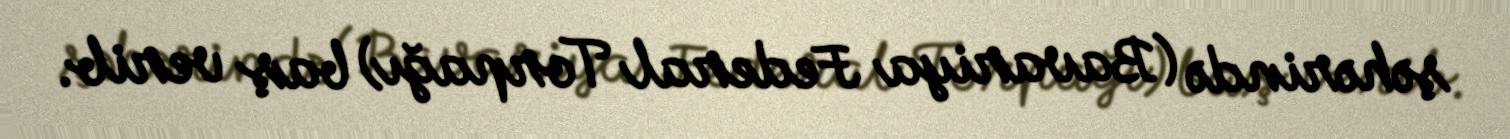
şəhərində (Bavariya Federal Torpağı) baş verib.